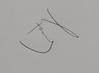
Signature authenticity: genuine